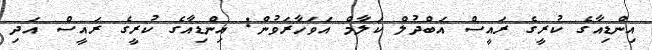
އިންޑިއާގެ ކުރީގެ ރައީސް އަބްދުލް ކަލާމް އަވަހާރަވުން: އިންޑިއާގެ ކުރީގެ ރައީސް އަދި